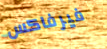
فيرفاكس